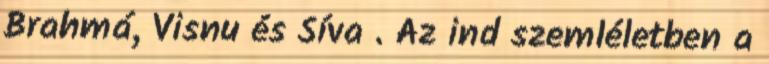
Brahmá, Visnu és Síva . Az ind szemléletben a